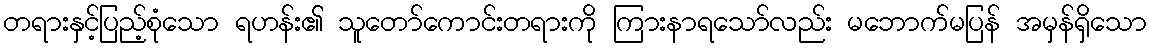
တရားနှင့်ပြည့်စုံသော ရဟန်း၏ သူတော်ကောင်းတရားကို ကြားနာရသော်လည်း မဘောက်မပြန် အမှန်ရှိသော